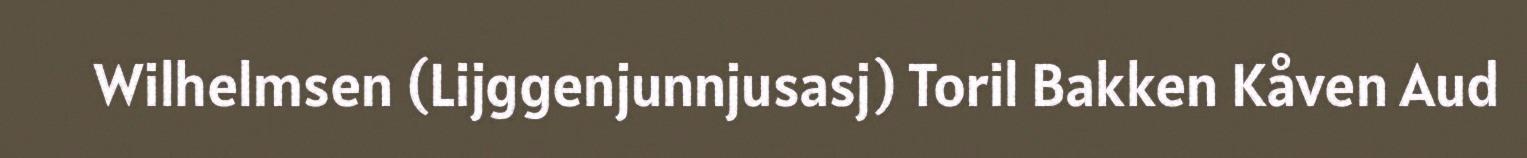
Wilhelmsen (Lijggenjunnjusasj) Toril Bakken Kåven Aud